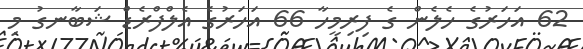
62 އަހަރުގެ ހެލެން ގެ ފިރިމީހާ 66 އަހަރުގެ އެލްފްރެޑް ޝަބާނގު މި